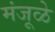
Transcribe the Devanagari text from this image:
मंजूळे